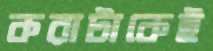
করাটাকেই